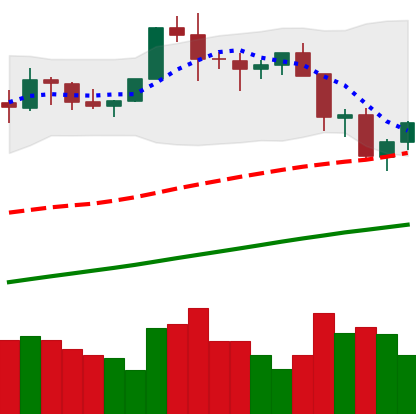
Ticker: BTC-USD
Chart end date: 2021-11-20
Forward return: -4.058%
Label: down_3_5